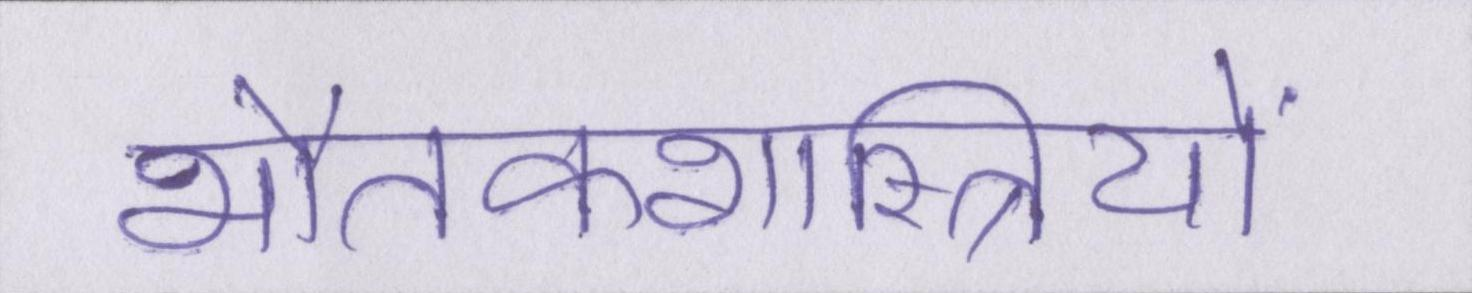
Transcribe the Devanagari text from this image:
भौतकशास्त्रियों